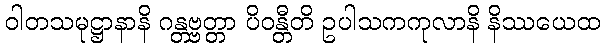
ဝါတသမုဋ္ဌာနာနိ ဂန္တဗ္ဗတ္တာ ပိဝန္တီတိ ဥပါသကကုလာနိ နိဿယေထ